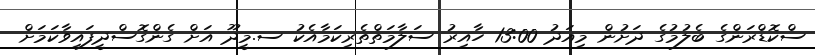
ސްކޮޑްރަންގެ ބެލުމުގެ ދަށުން މިއަދު 13:00 ހާއިރު ސަލާމަތްތެރިކަމާއެކު ސ.މީދޫ އަށް ގެންގޮސްދީފައިވާކަމަށް